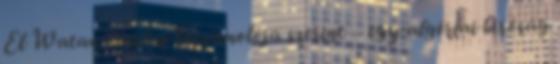
El Watan napilap beszámolója szerint – egy algériai bíróság